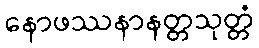
နောဖဿနာနတ္တသုတ္တံ